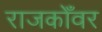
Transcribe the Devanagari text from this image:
राजकोँवर